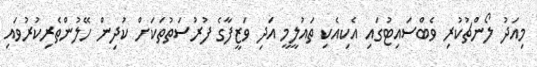
މިއަދު ލޯންޗުކުރި ވެބްސައިޓުގައި އެކިއެކި ތައުލީމީ އަދި ވަޒީފާގެ ފުރުސަތުތަކަށް ކުދިން ހޭލުންތެރިކުރުވައި